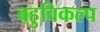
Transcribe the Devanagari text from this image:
बहुविकल्प